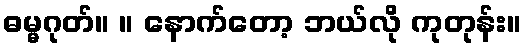
ဓမ္မဂုတ်။ ။ နောက်တော့ ဘယ်လို ကုတုန်း။